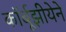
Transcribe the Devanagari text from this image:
कॉर्बूझीयेने